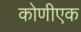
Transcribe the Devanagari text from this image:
कोणीएक